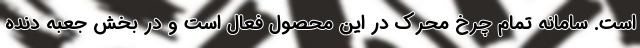
است. سامانه تمام چرخ محرک در این محصول فعال است و در بخش جعبه دنده